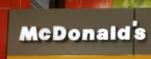
mcdonald's